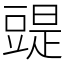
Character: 䜻